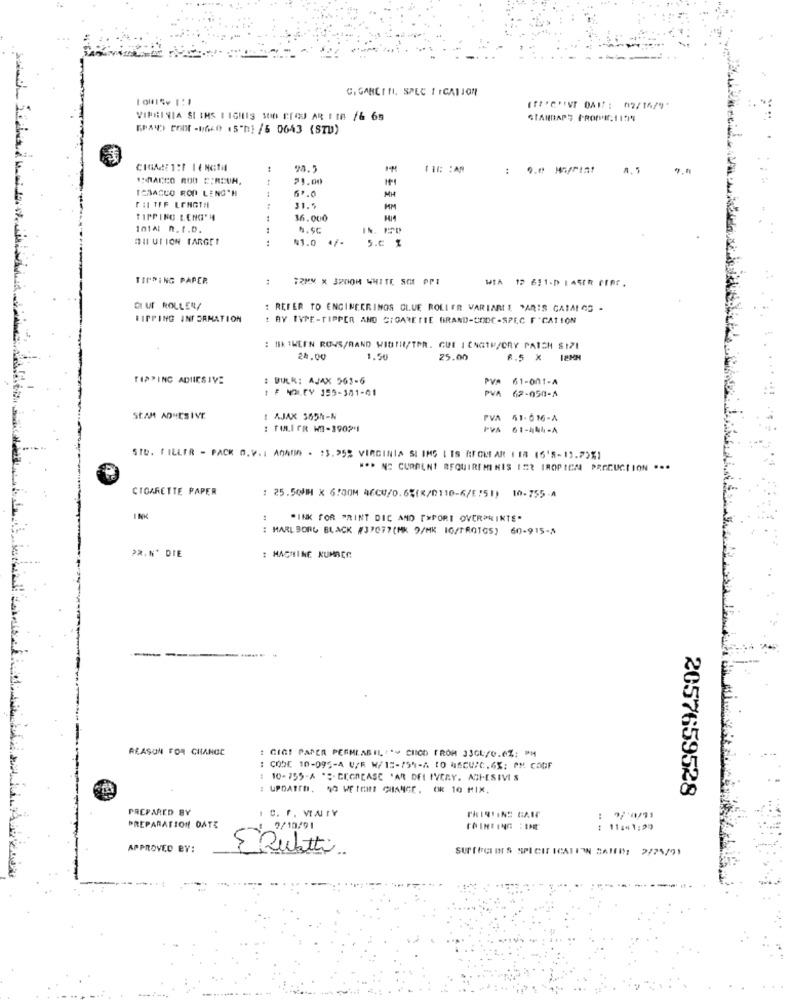
G. GARETH. SPEC FICATION
VIRGINIA SI IHS I IĞIIS SOO CIOU AR 1 1B /& 65
CIARRAPS PROPI1159
98.5
1:MACCO ROD E;REUH,
73.00
TABACCO ROP LENG'N
6ª.0
FIL TFF LENGTH
31.5
HM
TIPPING LENG' 4
36.000
1014; n.I.b.
OI UTION TARGET
41.0 47-
5.0 %
TIPPING PAPER
TRMM X 3ROOM WHITE SO PPI
WIA 19 611-D LASER FIRE.
CIU ROLLER/
: REFER TO ENGINEERINGS GLUE ROLLER VARIABLE PARIS CATALOG -
RIPPING INFORMATION
BY TYPE-TIPPER AND CIGARETTE BRAND-CODE-SPEC F"CATION
: BIK THEEN ROVS/BAND WIDTH/TPR. GUI I CNGTH/CRY PATCH $171
24.00
1.50
25.00
R.5 × 18MM
TIPPING ADHESIVE
: DULR: AJAX 563-6
PVA
PV# 61-001-A
1 F NOLEY 155-301-41
PVA 62-050-A
St.AM ADHESIVE
: AJAK 365%-N
PVA 41-016-A
: TULIFR W-390241
PVA
61-444-4
STD. FILLER - PACK O.V .: A0AUN . 13.25% VIRGINIA SI IMS LIS RECHEAR 1 18 (5'5-13.2)%1
*** NE CURRENT REQUIREMINIS IER IROPICAL PRODUCTION ···
CIGARETTE PAPER
: 25.50HH X 6:00M 46CU/0.6%(8/0110-6/E/51) 10-755 -A
INK
"INK FOR PRINT DIC AND [WPORI OVERPRINTS.
: MARLBORO BLACK #3707?(MK 9/MK 10/1ROTGS) 60-915-5
PR. N' DIE
: MACHINE NUMBER
REASON FOR CHANGE
: GIGI PAPER PERMEABIL "> CHICO FROM 33CL/0.6%; PM
: CODE 10-095-4 U/R W/15-75%-A TO MECUIC.6%; PM COGF
10-755-4 CGCASE 'AR DELIVERY. ADHESIVIS
: UPDATEN. 40 WEIGHT CHANCE. OR 10 MIX,
2057659528
PREPARED BY
10. F. VINIY
PREPARATION DATE
7/10/91
11:41:29
APPROVED BY:
5 Dubatti.
SUPERGL INTS SPICIT ICATION SAID; 2/25/91